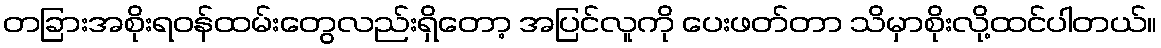
တခြားအစိုးရဝန်ထမ်းတွေလည်းရှိတော့ အပြင်လူကို ပေးဖတ်တာ သိမှာစိုးလို့ထင်ပါတယ်။